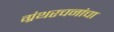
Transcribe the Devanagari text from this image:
ग्रंथरचनांचा